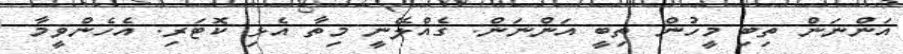
އަންނަން ތިބި މީހުން ތިބީ އަންނަން. ގެއްލޭނީ މިތާ އެޅި ކޮޓަރި. އެހެންވީމާ